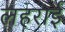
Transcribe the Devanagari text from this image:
लहराई